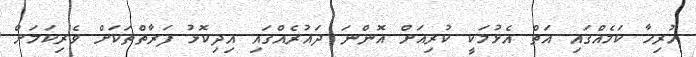
ހުރިހާ ކަމެއްގައި އަތް އެޅުމަކީ ކުރިއަށް އޮންނަ ދައުރެއްގައި އިދިކޮޅު ފަރާތްތަކަށް ވެރިކަމަށް